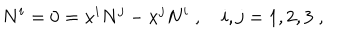
N ^ { i } = 0 = x ^ { i } N ^ { j } - x ^ { j } N ^ { i } \; , \quad i , j = 1 , 2 , 3 \; ,